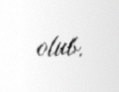
olub.